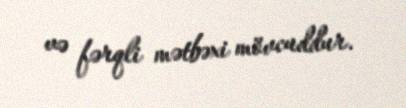
və fərqli mətbəxi mövcuddur.